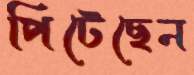
পিটেছেন